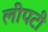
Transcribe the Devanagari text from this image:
लीपटी